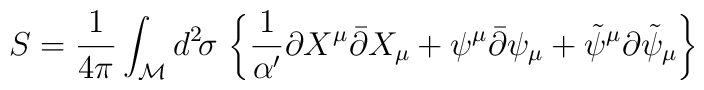
S = {1\over4\pi} \int_{\cal M} d^2\!\sigma\,   \left\{ {1\over\alpha^\prime} \partial X^{\mu} \bar{\partial} X_{\mu}     + \psi^{\mu} \bar{\partial} \psi_{\mu} +        \tilde{\psi}^{\mu}\partial \tilde{\psi}_{\mu} \right\}